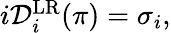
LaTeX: \begin{array}{r}{i\mathcal{D}_{i}^{\mathrm{LR}}(\pi)=\sigma_{i},}\end{array}